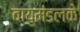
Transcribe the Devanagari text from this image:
वायुमंडलके